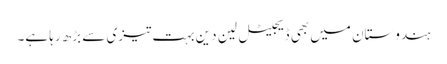
ہندوستان میں بھی ڈیجیٹل لین دین بہت تیزی سے بڑھ رہا ہے۔